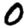
Digit: 0